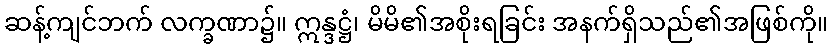
ဆန့်ကျင်ဘက် လက္ခဏာ၌။ ဣန္ဒဋ္ဌံ၊ မိမိ၏အစိုးရခြင်း အနက်ရှိသည်၏အဖြစ်ကို။